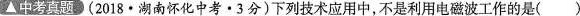
中考真题参(2018·湖南怀化中考·3分)下列技术应用中，不是利用电磁波工作的是()